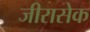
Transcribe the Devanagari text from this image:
जीरासेक